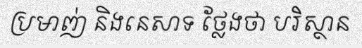
ប្រមាញ់ និងនេសាទ ថ្លែងថា បរិស្ថាន